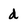
Character: d